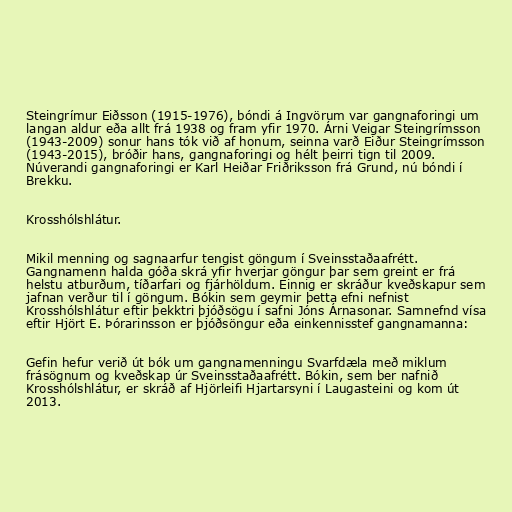
Steingrímur Eiðsson (1915-1976), bóndi á Ingvörum var gangnaforingi um
langan aldur eða allt frá 1938 og fram yfir 1970. Árni Veigar Steingrímsson
(1943-2009) sonur hans tók við af honum, seinna varð Eiður Steingrímsson
(1943-2015), bróðir hans, gangnaforingi og hélt þeirri tign til 2009.
Núverandi gangnaforingi er Karl Heiðar Friðriksson frá Grund, nú bóndi í
Brekku.

Krosshólshlátur.

Mikil menning og sagnaarfur tengist göngum í Sveinsstaðaafrétt.
Gangnamenn halda góða skrá yfir hverjar göngur þar sem greint er frá
helstu atburðum, tíðarfari og fjárhöldum. Einnig er skráður kveðskapur sem
jafnan verður til í göngum. Bókin sem geymir þetta efni nefnist
Krosshólshlátur eftir þekktri þjóðsögu í safni Jóns Árnasonar. Samnefnd vísa
eftir Hjört E. Þórarinsson er þjóðsöngur eða einkennisstef gangnamanna:

Gefin hefur verið út bók um gangnamenningu Svarfdæla með miklum
frásögnum og kveðskap úr Sveinsstaðaafrétt. Bókin, sem ber nafnið
Krosshólshlátur, er skráð af Hjörleifi Hjartarsyni í Laugasteini og kom út
2013.